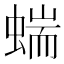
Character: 𧍒